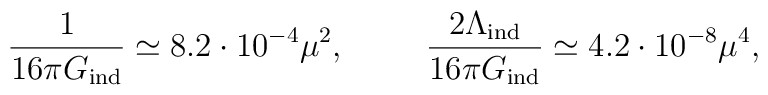
{1 \over 16\pi G_{\mbox{\scriptsize ind}} }\simeq 8.2 \cdot 10^{-4} \mu^2,\hspace{1cm}{ 2 \Lambda_{\mbox{\scriptsize ind}}\over 16\pi G_{\mbox{\scriptsize ind}} }\simeq 4.2 \cdot 10^{-8} \mu^4,